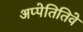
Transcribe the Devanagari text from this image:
अप्पेतितिवे